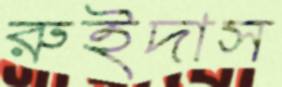
রুইদাস